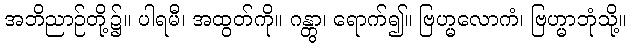
အဘိညာဉ်တို့၌။ ပါရမီ၊ အထွတ်ကို။ ဂန္တွာ၊ ရောက်၍။ ဗြဟ္မလောကံ၊ ဗြဟ္မာဘုံသို့။